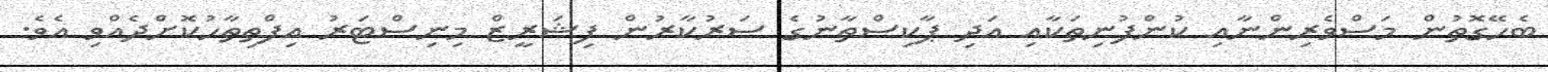
ބެހޭގޮތުން މަސްވެރިންނާއި ކުންފުނިތަކާއި އަދި ޕާކިސްތާނުގެ ސަރުކާރުން ފިޝަރީޒް މިނިސްޓަރު އިފްތިތާހުކޮށްދެއްވި އެވެ.